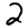
Digit: 2